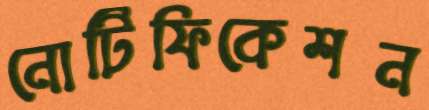
নোটিফিকেশন